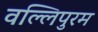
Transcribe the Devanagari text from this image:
वल्लिपुरम